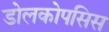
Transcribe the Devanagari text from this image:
डोलकोपसिस